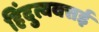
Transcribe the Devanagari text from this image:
हिंदुत्ववत्तई